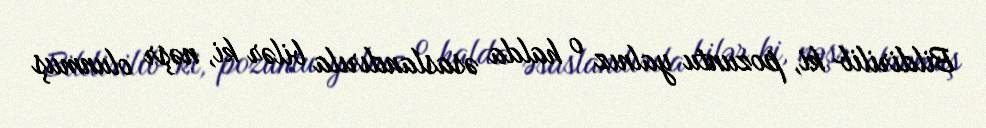
Bildirilib ki, pozuntu yalnız o halda əsaslandırıla bilər ki, nəşr olunmuş